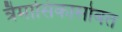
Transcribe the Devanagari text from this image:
त्रैमासिकासोबत